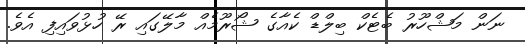
ނަން މަޝްހޫރު ބެޓެކް ބިލްޑް ކެއާގެ ޝޯރޫމެއް މާލޭގައި ރޭ ހުޅުވައިފި އެވެ.